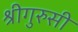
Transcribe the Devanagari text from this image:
श्रीगुरुसी